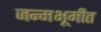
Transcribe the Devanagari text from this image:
जन्मभूमीत